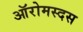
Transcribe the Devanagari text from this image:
ऑरोमस्दस